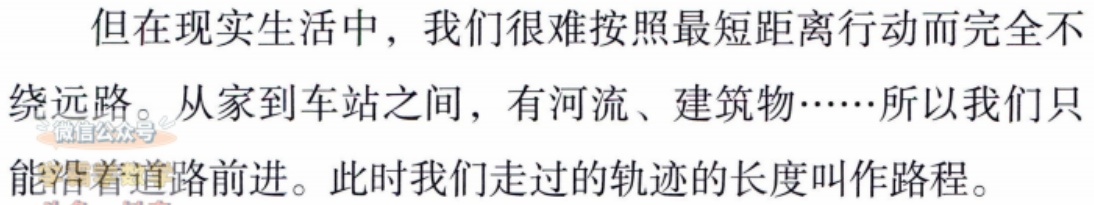
但在现实生活中，我们很难按照最短距离行动而完全不

绕远路。从家到车站之间，有河流、建筑物……所以我们只

能沿着道路前进。此时我们走过的轨迹的长度叫作路程。